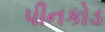
પીનકોડ